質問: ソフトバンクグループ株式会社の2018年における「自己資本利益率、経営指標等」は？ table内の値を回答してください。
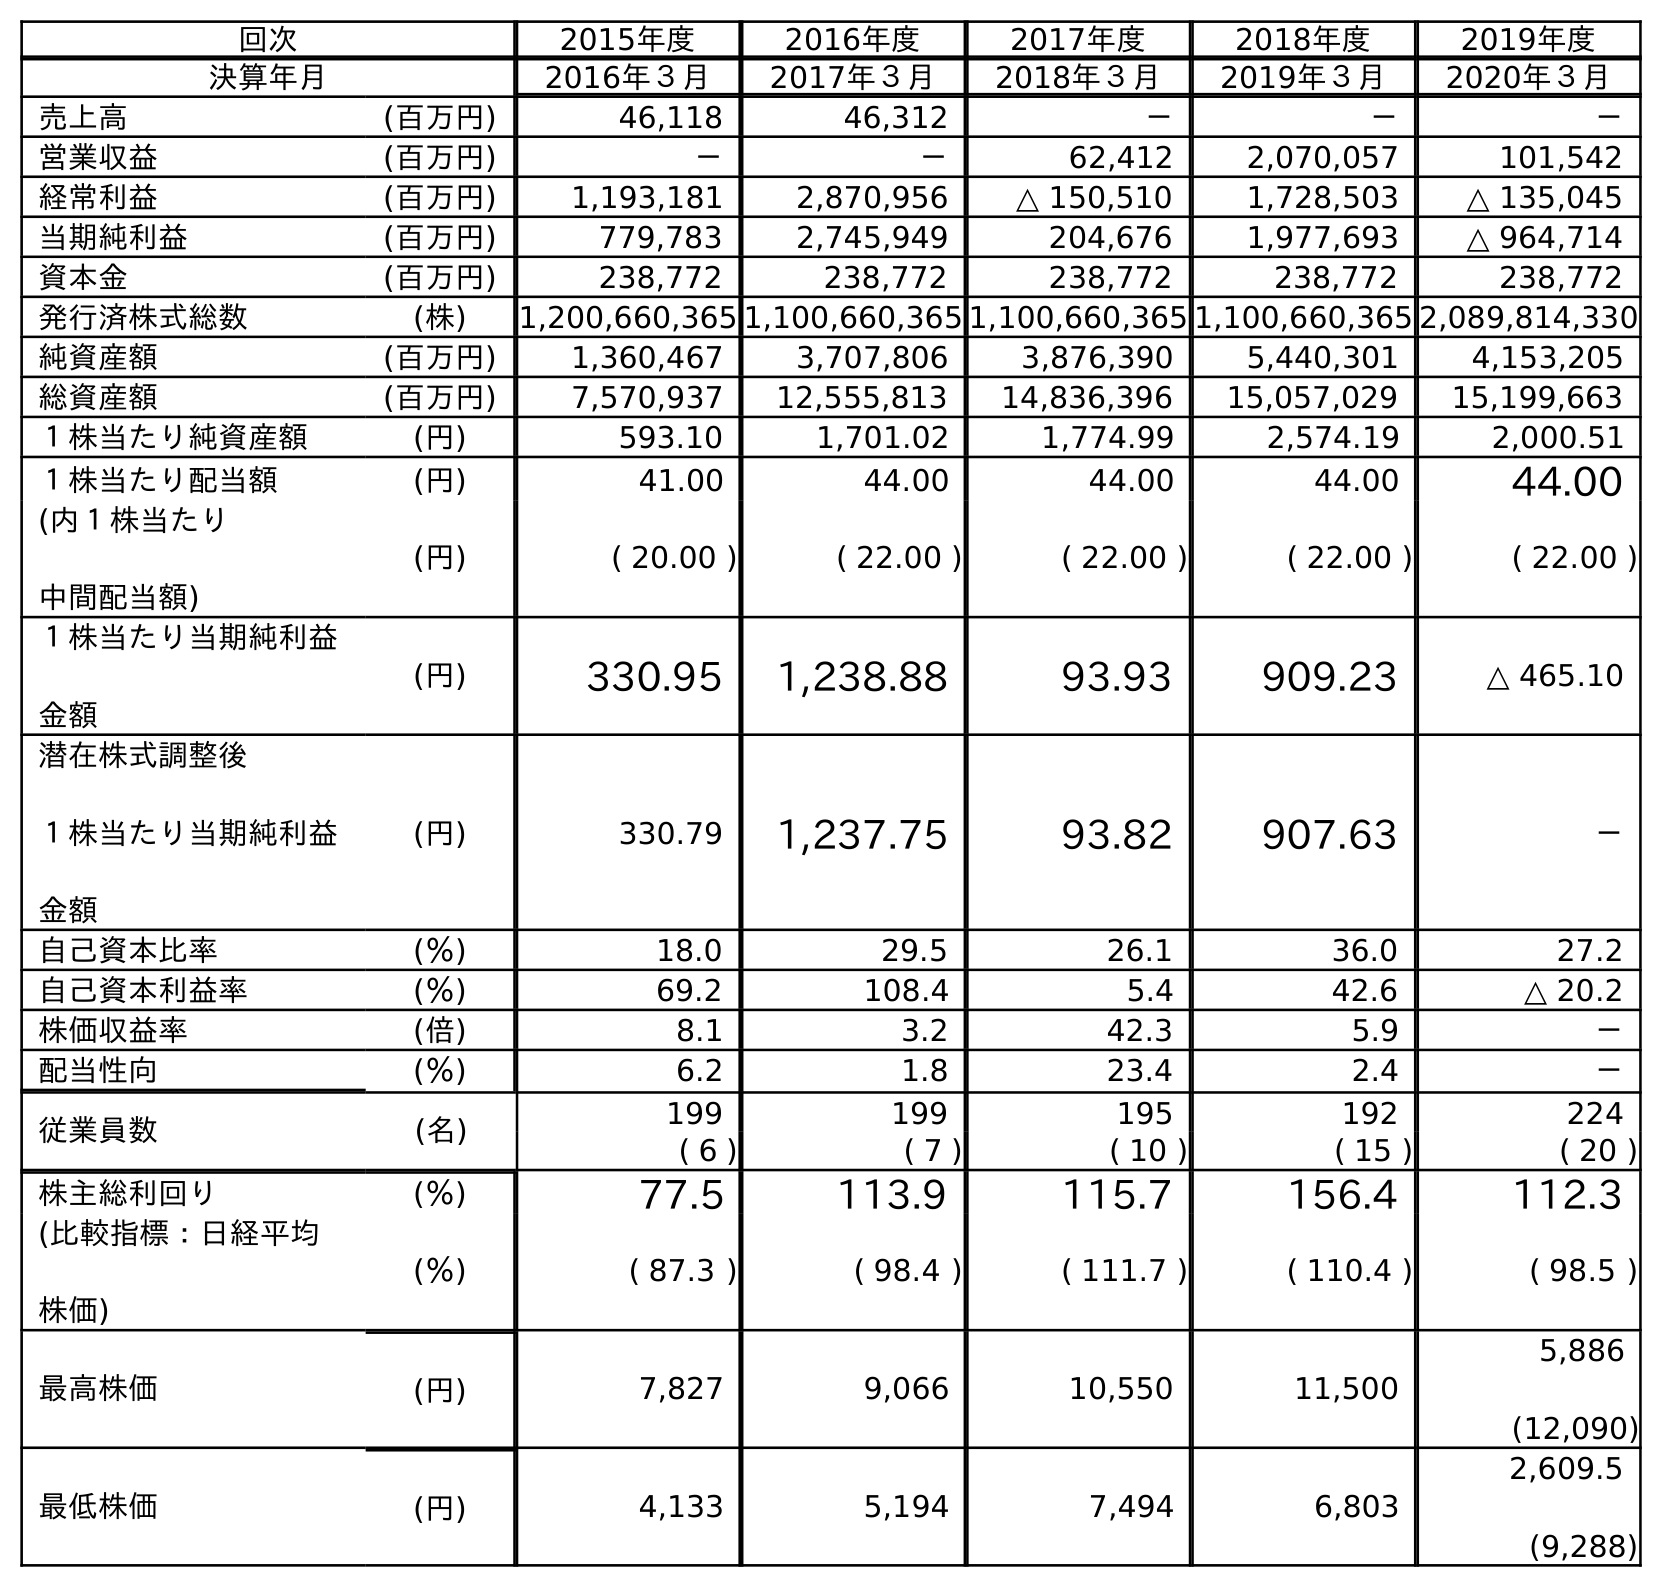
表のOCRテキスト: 回次 2015年度 2016年度 2017年度 2018年度 2019年度 決算年月 2016年３月 2017年３月 2018年３月 2019年３月 2020年３月 売上高 (百万円) 46,118 46,312 － － － 営業収益 (百万円) － － 62,412 2,070,057 101,542 経常利益 (百万円) 1,193,181 2,870,956 △ 150,510 1,728,503 △ 135,045 当期純利益 (百万円) 779,783 2,745,949 204,676 1,977,693 △ 964,714 資本金 (百万円) 238,772 238,772 238,772 238,772 238,772 発行済株式総数 (株) 1,200,660,365 1,100,660,365 1,100,660,365 1,100,660,365 2,089,814,330 純資産額 (百万円) 1,360,467 3,707,806 3,876,390 5,440,301 4,153,205 総資産額 (百万円) 7,570,937 12,555,813 14,836,396 15,057,029 15,199,663 １株当たり純資産額 (円) 593.10 1,701.02 1,774.99 2,574.19 2,000.51 １株当たり配当額 (円) 41.00 44.00 44.00 44.00 44.00 (内１株当たり 中間配当額) (円) ( 20.00 ) ( 22.00 ) ( 22.00 ) ( 22.00 ) ( 22.00 ) １株当たり当期純利益 金額 (円) 330.95 1,238.88 93.93 909.23 △ 465.10 潜在株式調整後 １株当たり当期純利益 金額 (円) 330.79 1,237.75 93.82 907.63 － 自己資本比率 (％) 18.0 29.5 26.1 36.0 27.2 自己資本利益率 (％) 69.2 108.4 5.4 42.6 △ 20.2 株価収益率 (倍) 8.1 3.2 42.3 5.9 － 配当性向 (％) 6.2 1.8 23.4 2.4 － 従業員数 (名) 199 199 195 192 224 ( 6 ) ( 7 ) ( 10 ) ( 15 ) ( 20 ) 株主総利回り (％) 77.5 113.9 115.7 156.4 112.3 (比較指標：日経平均 株価) (％) ( 87.3 ) ( 98.4 ) ( 111.7 ) ( 110.4 ) ( 98.5 ) 最高株価 (円) 7,827 9,066 10,550 11,500 5,886 (12,090) 最低株価 (円) 4,133 5,194 7,494 6,803 2,609.5 (9,288)
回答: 5.4